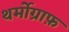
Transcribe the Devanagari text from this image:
थर्मोग्राफ़